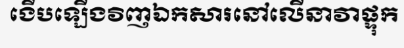
ងើបឡើងវិញឯកសារនៅលើនាវាផ្ទុក